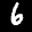
Label: 6